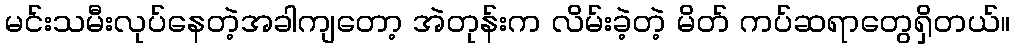
မင်းသမီးလုပ်နေတဲ့အခါကျတော့ အဲတုန်းက လိမ်းခဲ့တဲ့ မိတ် ကပ်ဆရာတွေရှိတယ်။